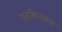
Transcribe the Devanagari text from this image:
एटकिनसंस